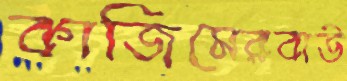
কাজিমেরবাউ